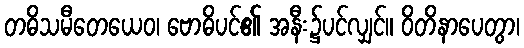
တဓိသမီတေယေဝ၊ ဗောဓိပင်၏ အနီး၌ပင်လျှင်။ ဝိတိနာပေတွာ၊